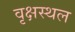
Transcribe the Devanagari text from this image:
वृक्षस्थल